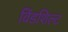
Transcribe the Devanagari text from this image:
विंडशिल्ट